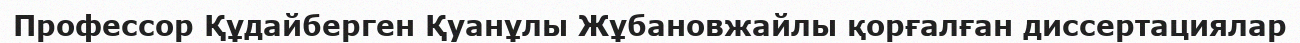
Профессор Құдайберген Қуанұлы Жұбановжайлы қорғалған диссертациялар